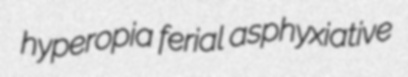
hyperopia ferial asphyxiative